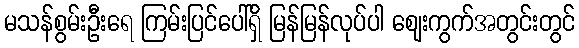
မသန်စွမ်းဦးရေ ကြမ်းပြင်ပေါ်ရှိ မြန်မြန်လုပ်ပါ ဈေးကွက်အတွင်းတွင်